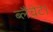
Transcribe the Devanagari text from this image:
ब्लैंचेट।